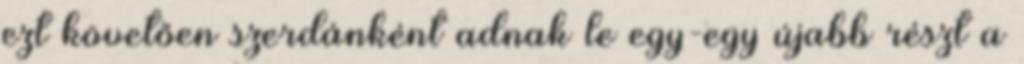
ezt követően szerdánként adnak le egy-egy újabb részt a